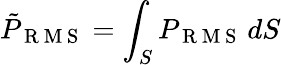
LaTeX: \tilde{P}_{\mathrm{~R~M~S~}}=\int_{S}P_{\mathrm{~R~M~S~}}\, dS